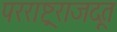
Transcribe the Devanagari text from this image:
परराष्ट्रराजदूत